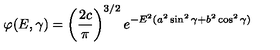
\varphi ( E , \gamma ) = \left( \frac { 2 c } { \pi } \right) ^ { 3 / 2 } e ^ { - E ^ { 2 } ( a ^ { 2 } \sin ^ { 2 } \gamma + b ^ { 2 } \cos ^ { 2 } \gamma ) }